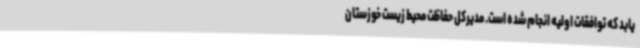
یابد که توافقات اولیه انجام شده است. مدیرکل حفاظت محیط زیست خوزستان